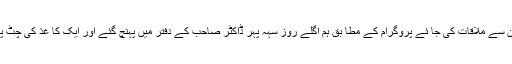
طے پا یا کہ اگلے روز ڈاکٹر صاحب کے آ فس میں جا کر ان سے ملاقات کی جا ئے پروگرام کے مطا بق ہم اگلے روز سہہ پہر ڈاکٹر صاحب کے دفتر میں پہنچ گئے اور ایک کا غذ کی چٹ پر اپنا نام اور ملاقات کا مقصد لکھا اور استقبا لیہ پر دے دیا ۔